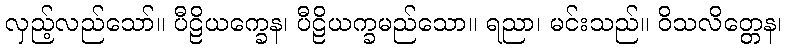
လှည့်လည်သော်။ ပီဠိယက္ခေန၊ ပီဠိယက္ခမည်သော။ ရညာ၊ မင်းသည်။ ဝိသလိတ္တေန၊